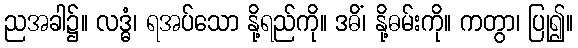
ညအခါ၌။ လဒ္ဓံ၊ ရအပ်သော နို့ရည်ကို။ ဒဓိံ၊ နို့ဓမ်းကို။ ကတွာ၊ ပြု၍။